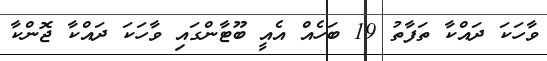
ވާހަކަ ދައްކާ ތަފާތު 19 ބަހެއް އެއީ ބޫޓާންގައި ވާހަކަ ދައްކާ ޖޮންކާ